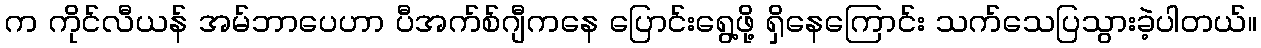
က ကိုင်လီယန် အမ်ဘာပေဟာ ပီအက်စ်ဂျီကနေ ပြောင်းရွေ့ဖို့ ရှိနေကြောင်း သက်သေပြသွားခဲ့ပါတယ်။